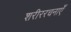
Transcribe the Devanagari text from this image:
शरीररचनाएँ